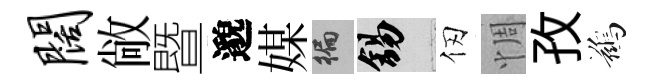
阔敞暨邈媒徧錫仞惆孜鷀